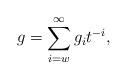
LaTeX: \begin{align*}g=\sum_{i=w }^{\infty} g_i t^{-i},\end{align*}